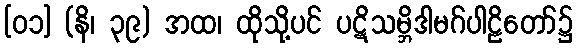
[၀၁] (နိ၊ ၃၉) အထ၊ ထိုသို့ပင် ပဋိသမ္ဘိဒါမဂ်ပါဠိတော်၌